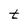
Character: t